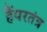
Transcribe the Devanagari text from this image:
हैंपरतंत्र